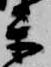
楽